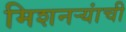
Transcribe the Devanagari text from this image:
मिशनऱ्यांची